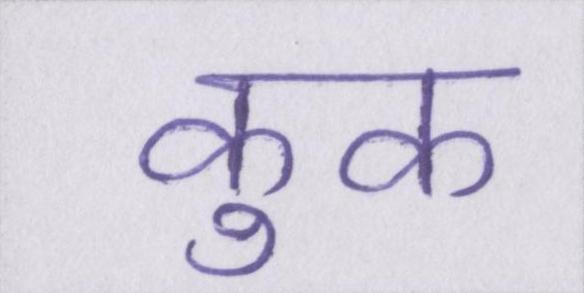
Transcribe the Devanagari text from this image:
कुक